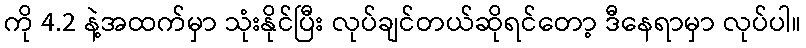
ကို 4.2 နဲ့အထက်မှာ သုံးနိုင်ပြီး လုပ်ချင်တယ်ဆိုရင်တော့ ဒီနေရာမှာ လုပ်ပါ။